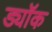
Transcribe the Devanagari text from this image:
ड्यॉक